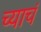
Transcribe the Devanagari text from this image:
च्याचं